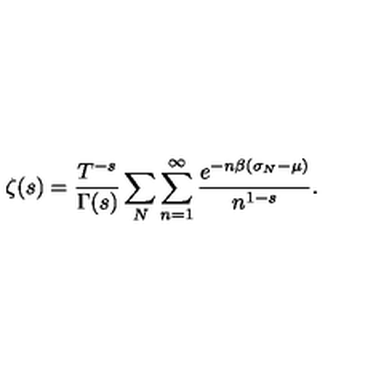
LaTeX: \zeta ( s ) = \frac { T ^ { - s } } { \Gamma ( s ) } \sum _ { N } \sum _ { n = 1 } ^ { \infty } \frac { e ^ { - n \beta ( \sigma _ { N } - \mu ) } } { n ^ { 1 - s } } .